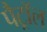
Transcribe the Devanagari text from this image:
पैट्रॉल